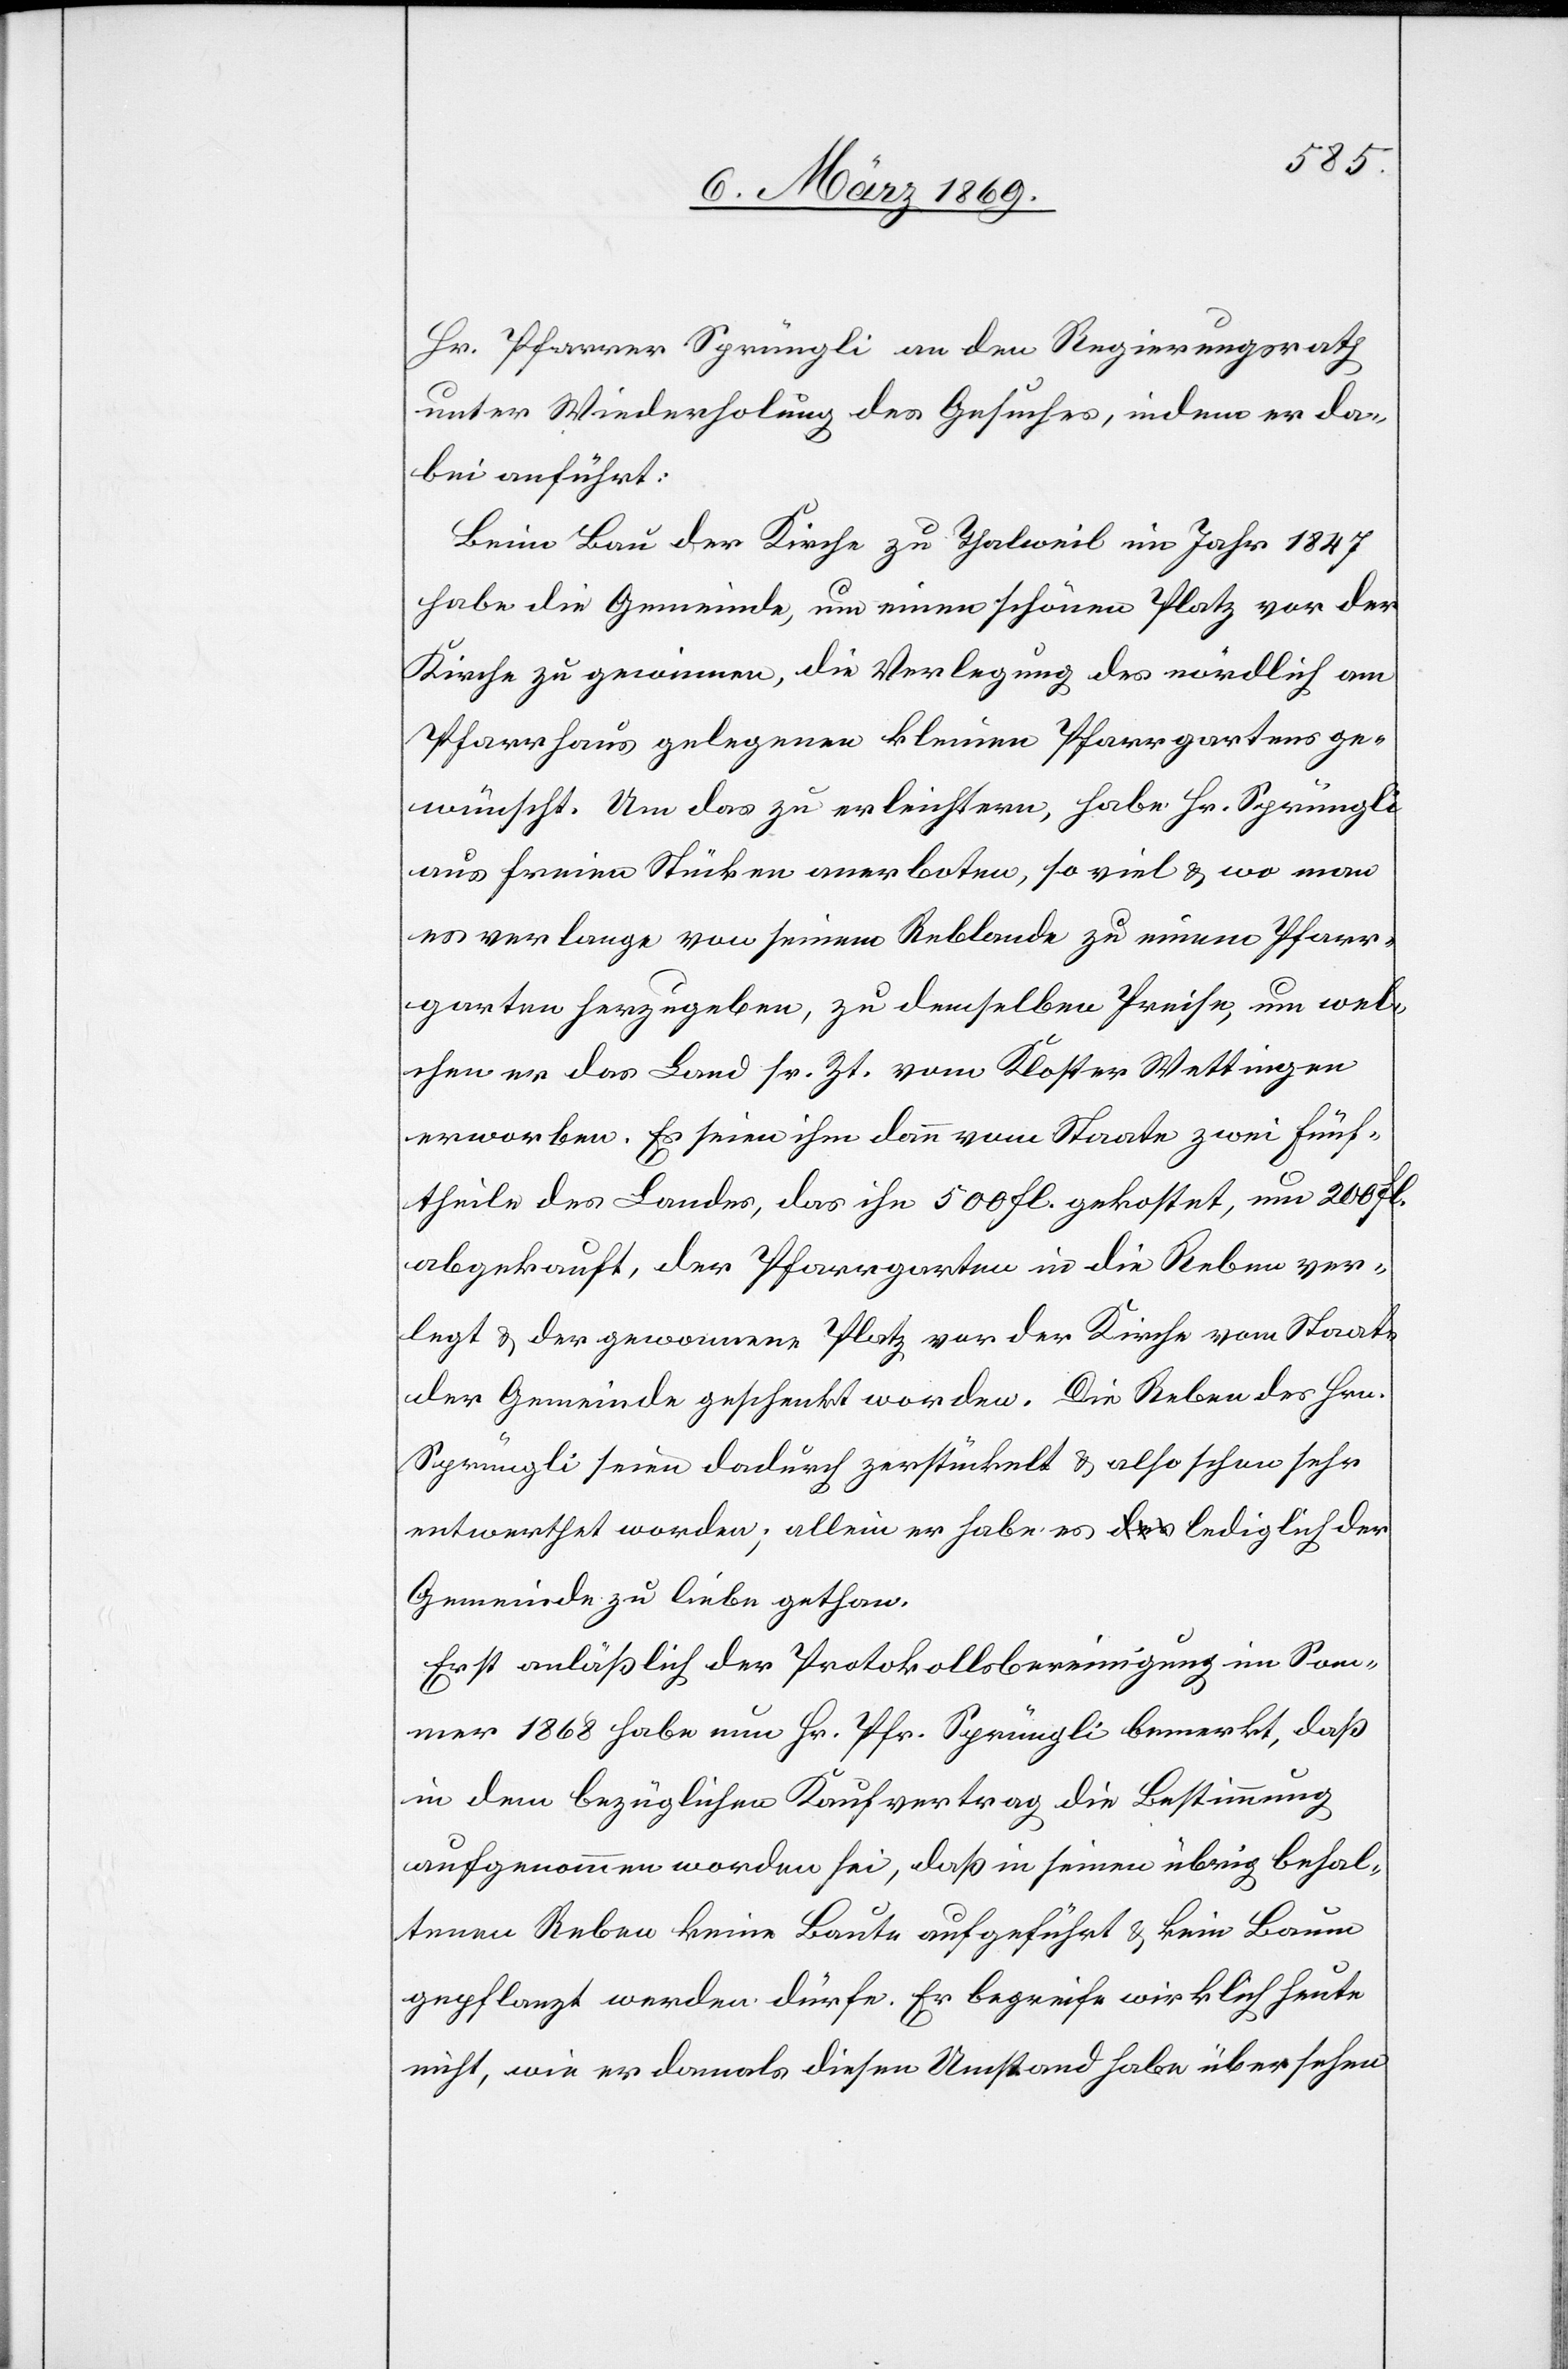
Hr. Pfarrer Sprüngli an den Regierungsrath
unter Wiederholung des Gesuches, indem es da¬
bei anführt:
Beim Bau der Kirche zu Thalweil im Jahr 1847
habe die Gemeinde, um einen schönen Platz vor der
Kirche zu gewinnen, die Verlegung des nördlich am
Pfarrhaus gelegenen kleinen Pfarrgarten ge¬
wünscht. Um das zu erleichtern, habe Hr. Sprüngli
aus freien Stücken anerboten, so viel & wo man
es verlange von seinem Reblande zu einem Pfarr¬
garten herzugeben, zu demselben Preise, um wel¬
chen er das Land sr. Zt. vom Kloster Wettingen
erworben. Es seien ihm dann vom Staate zwei Fünf¬
theile des Landes, das ihn 500 Fl. gekostet, um 200 Fl.
abgekauft, der Pfarrgarten in die Reben ver¬
legt, & der gewonnene Platz vor der Kirche vom Staat
der Gemeinde geschenkt worden. Die Reben des Hrn.
Sprüngli seien dadurch zerstückelt & also schon sehr
entwerthet worden; allein er habe es lediglich der
Gemeinde zu Liebe gethan.
Erst anläßlich der Protokollsbereinigung im Som¬
mer 1868 habe nun Hr. Pfr. Sprüngli bemerkt, daß
in dem bezüglichen Kaufvertrag die Bestimmung
aufgenommen worden sei, daß in seinen übrig behal¬
tenen Reben keine Baute aufgeführt & kein Baum
gepflanzt werden dürfe. Er begreife wirklich heute
nicht, wie er damals diesen Umstand habe übersehen